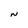
Character: N